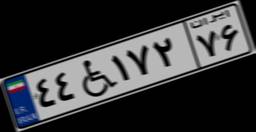
۴۴W۱۷۲۷۶